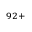
^ { 9 2 + }